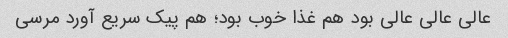
عالی عالی عالی بود هم غذا خوب بود؛ هم پیک سریع آورد مرسی